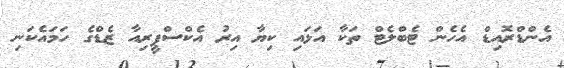
އެންޑްރޮއިޑް އެހެން ޓެބްލެޓް ތަކާ އަޅައި ކިޔާ އިރު އެކްސްޕީރިއާ ޒެޑްގެ ހަމައެކަނި